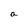
Character: a